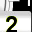
Digit: 2